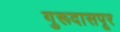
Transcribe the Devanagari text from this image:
गुरूदासपूर